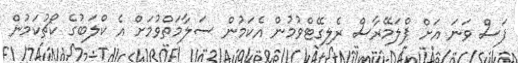
ފަސް ވަނަ އަށް ޕްލަމޭރާސް ރެލިގޭޓްވުމުން އެކަމުން ސަލާމަތްވުމަށް އެ ކްލަބުގެ ކޯޗުކަމުން